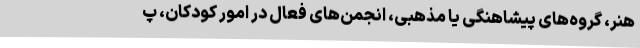
هنر، گروه‌های پیشاهنگی یا مذهبی، انجمن‌های فعال در امور کودکان، پ